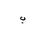
Letter: _ba